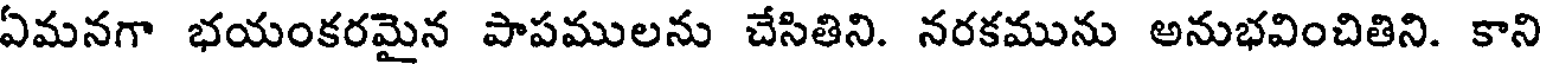
ఏమనగా భయంకరమైన పాపములను చేసితిని. నరకమును అనుభవించితిని. కాని